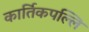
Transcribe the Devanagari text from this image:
कार्तिकपल्लि